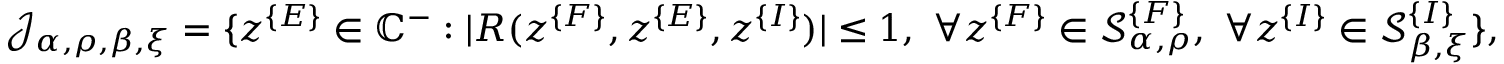
\begin{array} { r } { \mathcal { J } _ { \alpha , \rho , \beta , \xi } = \{ z ^ { \{ E \} } \in \mathbb { C } ^ { - } : | R ( z ^ { \{ F \} } , z ^ { \{ E \} } , z ^ { \{ I \} } ) | \le 1 , \ \forall z ^ { \{ F \} } \in \mathcal { S } _ { \alpha , \rho } ^ { \{ F \} } , \ \forall z ^ { \{ I \} } \in \mathcal { S } _ { \beta , \xi } ^ { \{ I \} } \} , } \end{array}